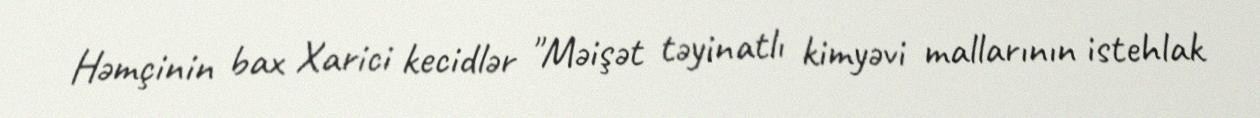
Həmçinin bax Xarici kecidlər "Məişət təyinatlı kimyəvi mallarının istehlak